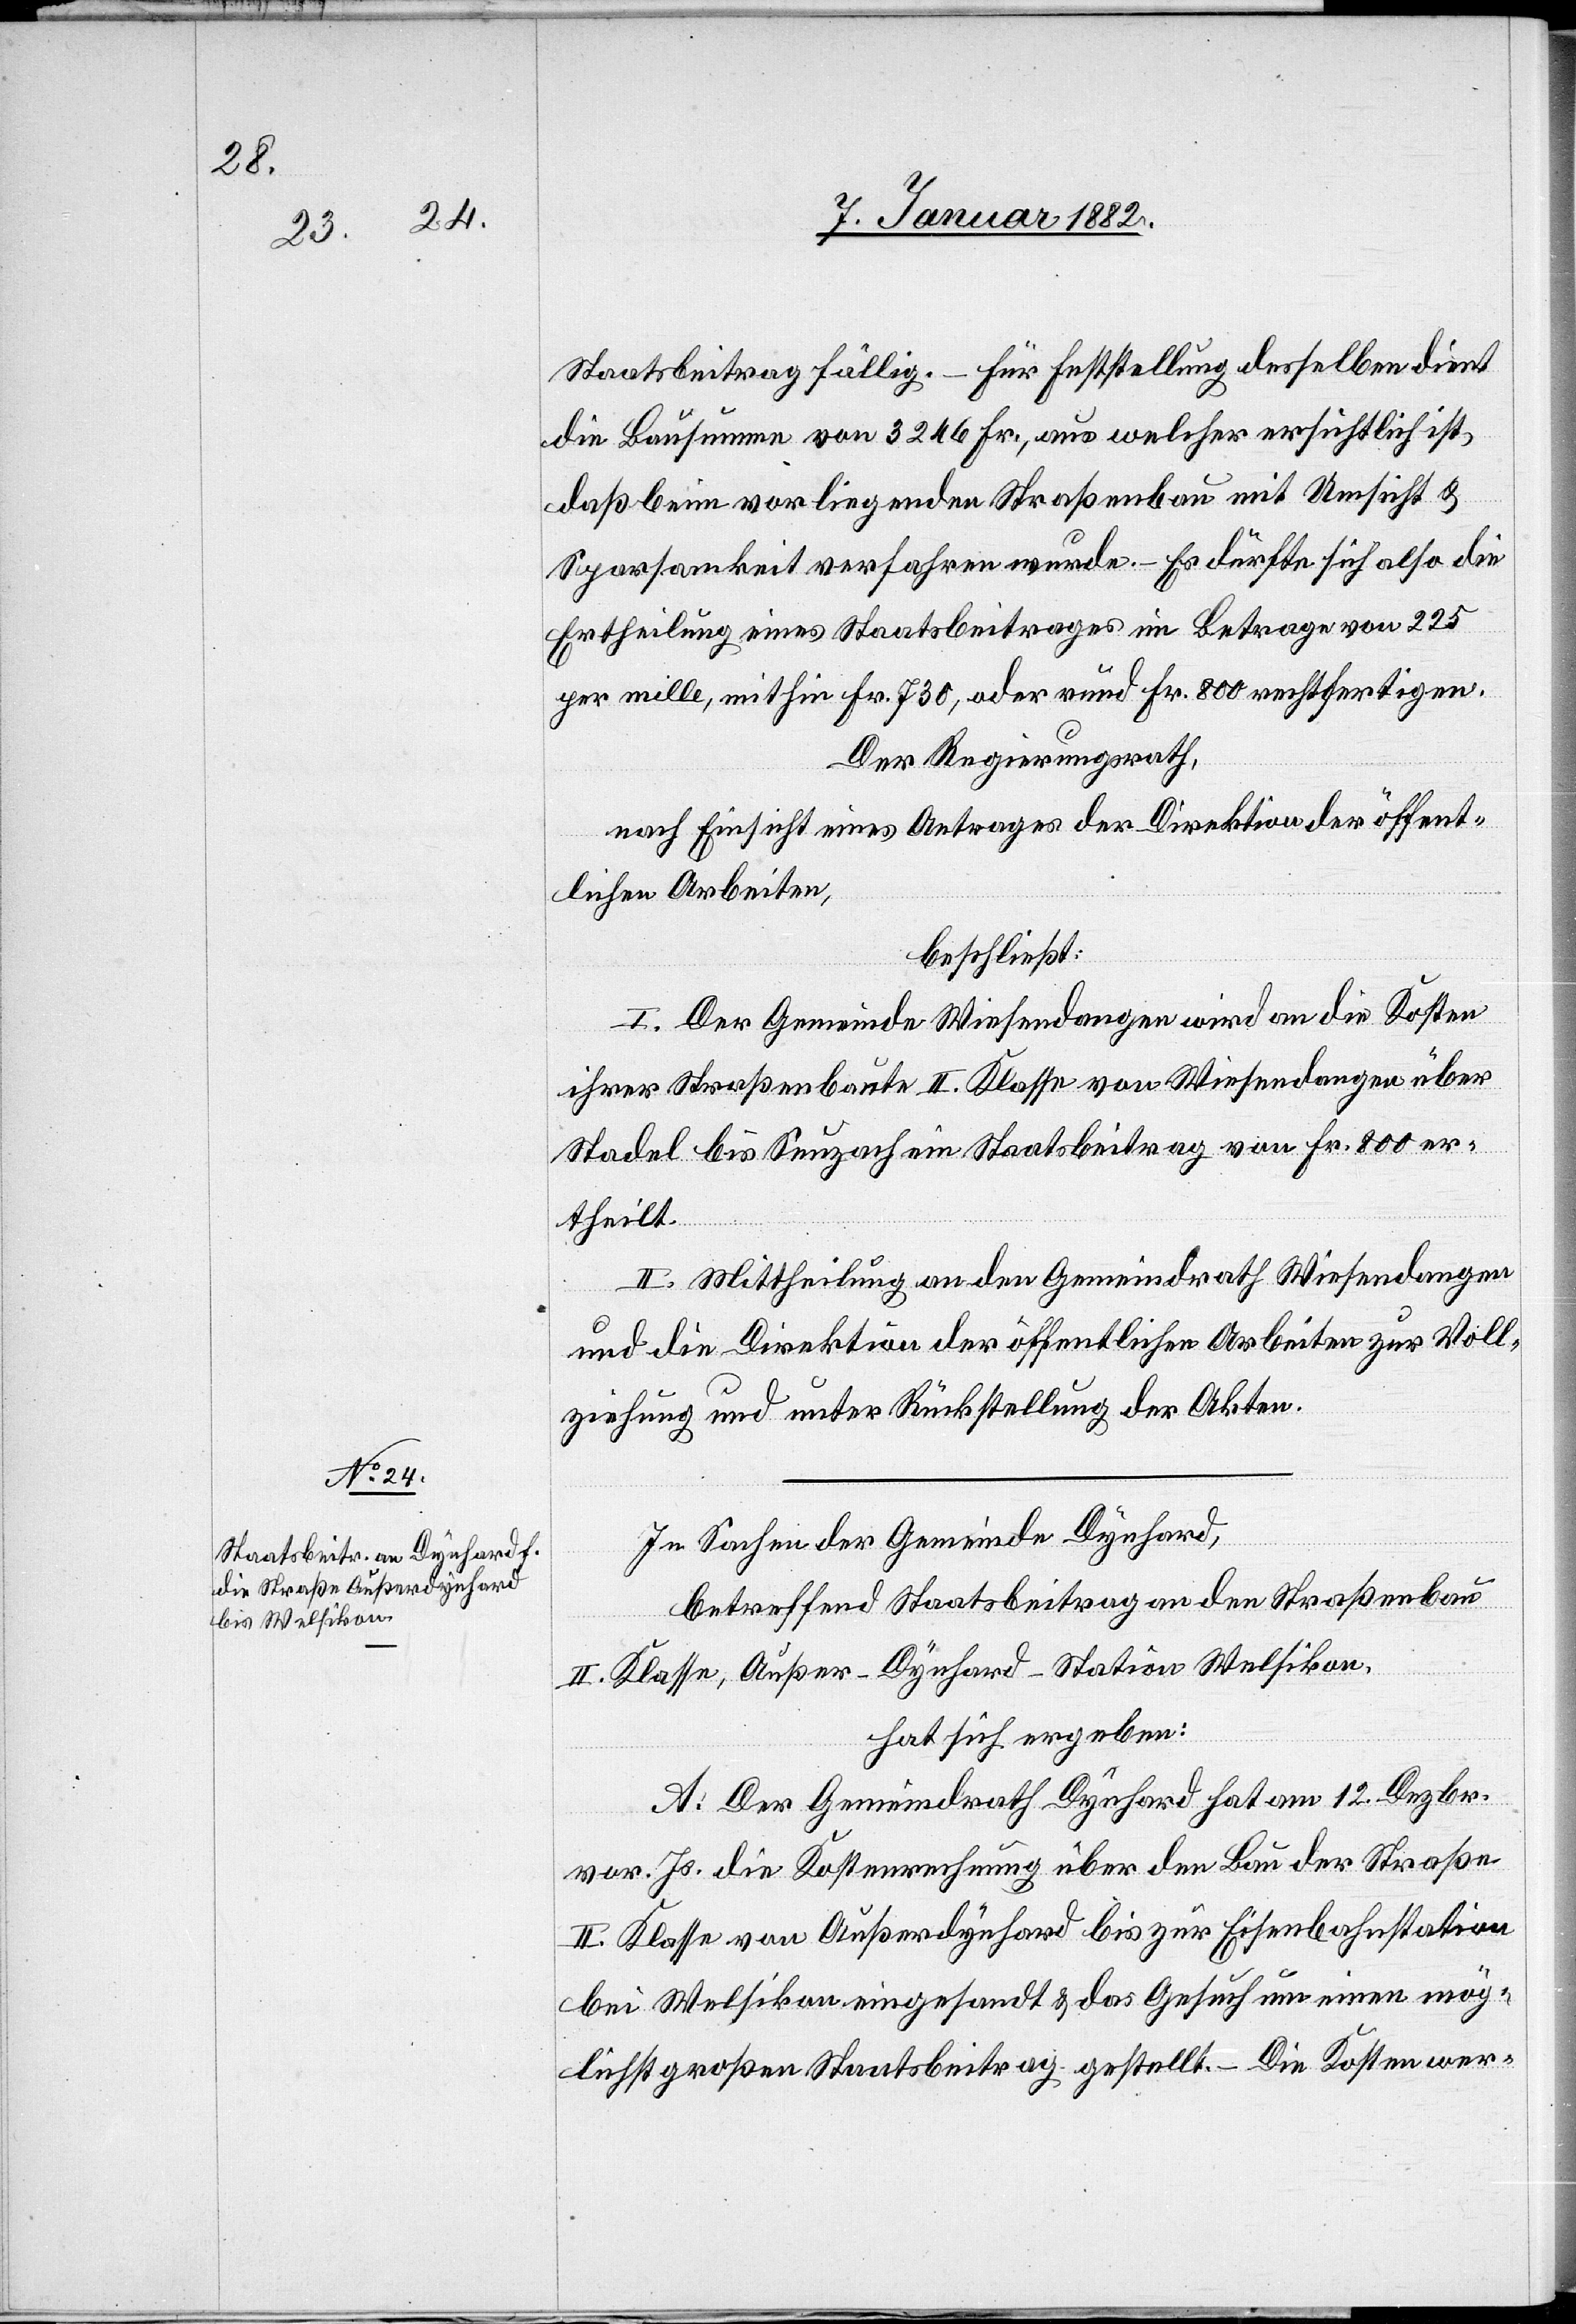
Staatsbeitrag fällig. – Für Feststellung desselben dient
die Bausumme von 3246 Fr., aus welcher ersichtlich ist,
daß beim vorliegenden Straßenbau mit Umsicht &
Sparsamkeit verfahren wurde. – Es dürfte sich also die
Ertheilung eines Staatsbeitrages im Betrage vom 225
per mille, mithin Fr. 730, oder rund Fr. 800 rechtfertigen.
Der Regierungsrath,
nach Einsicht eines Antrages der Direktion der öffent¬
lichen Arbeiten,
beschließt:
I. Der Gemeinde Wiesendangen wird an die Kosten
ihrer Straßenbaute II. Klasse von Wiesendangen über
Stadel bis Seuzach ein Staatsbeitrag von Fr. 800 er¬
theilt.
II. Mittheilung an den Gemeindrath Wiesendangen
und die Direktion der öffentlichen Arbeiten zur Voll¬
ziehung und unter Rückstellung der Akten.
In Sachen der Gemeinde Dynhard,
betreffend Staatsbeitrag an den Straßenbau
II. Klasse, Außer-Dynhard–Station Welsikon,
hat sich ergeben:
A. Der Gemeindrath Dynhard hat am 12. Dezbr.
vor. Js. die Kostenrechnung über den Bau der Straße
II. Klasse von Außerdynhard bis zur Eisenbahnstation
bei Welsikon eingesandt & das Gesuch um einen mög¬
lichst großen Staatsbeitrag gestellt. – Die Kosten wer-